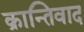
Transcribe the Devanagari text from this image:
क्रान्तिवाद